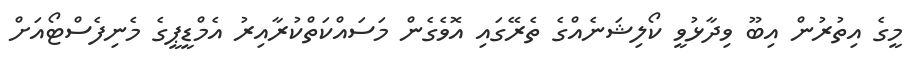
މީގެ އިތުރުން އިބޫ ވިދާޅުވީ ކޯލިޝަނެއްގެ ތެރޭގައި އޮވެގެން މަސައްކަތްކުރާއިރު އެމްޑީޕީގެ މެނިފެސްޓޯއަށް